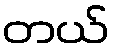
တယ်